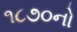
૧૮૭૦નો